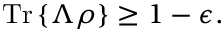
{ \mathrm { T r } } \left\{ \Lambda \rho \right\} \geq 1 - \epsilon .